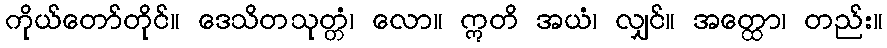
ကိုယ်တော်တိုင်။ ဒေသိတသုတ္တံ၊ လော။ ဣတိ အယံ၊ လျှင်။ အတ္ထော၊ တည်း။